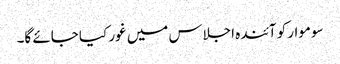
سوموار کو آئندہ اجلاس میں غور کیا جائے گا۔